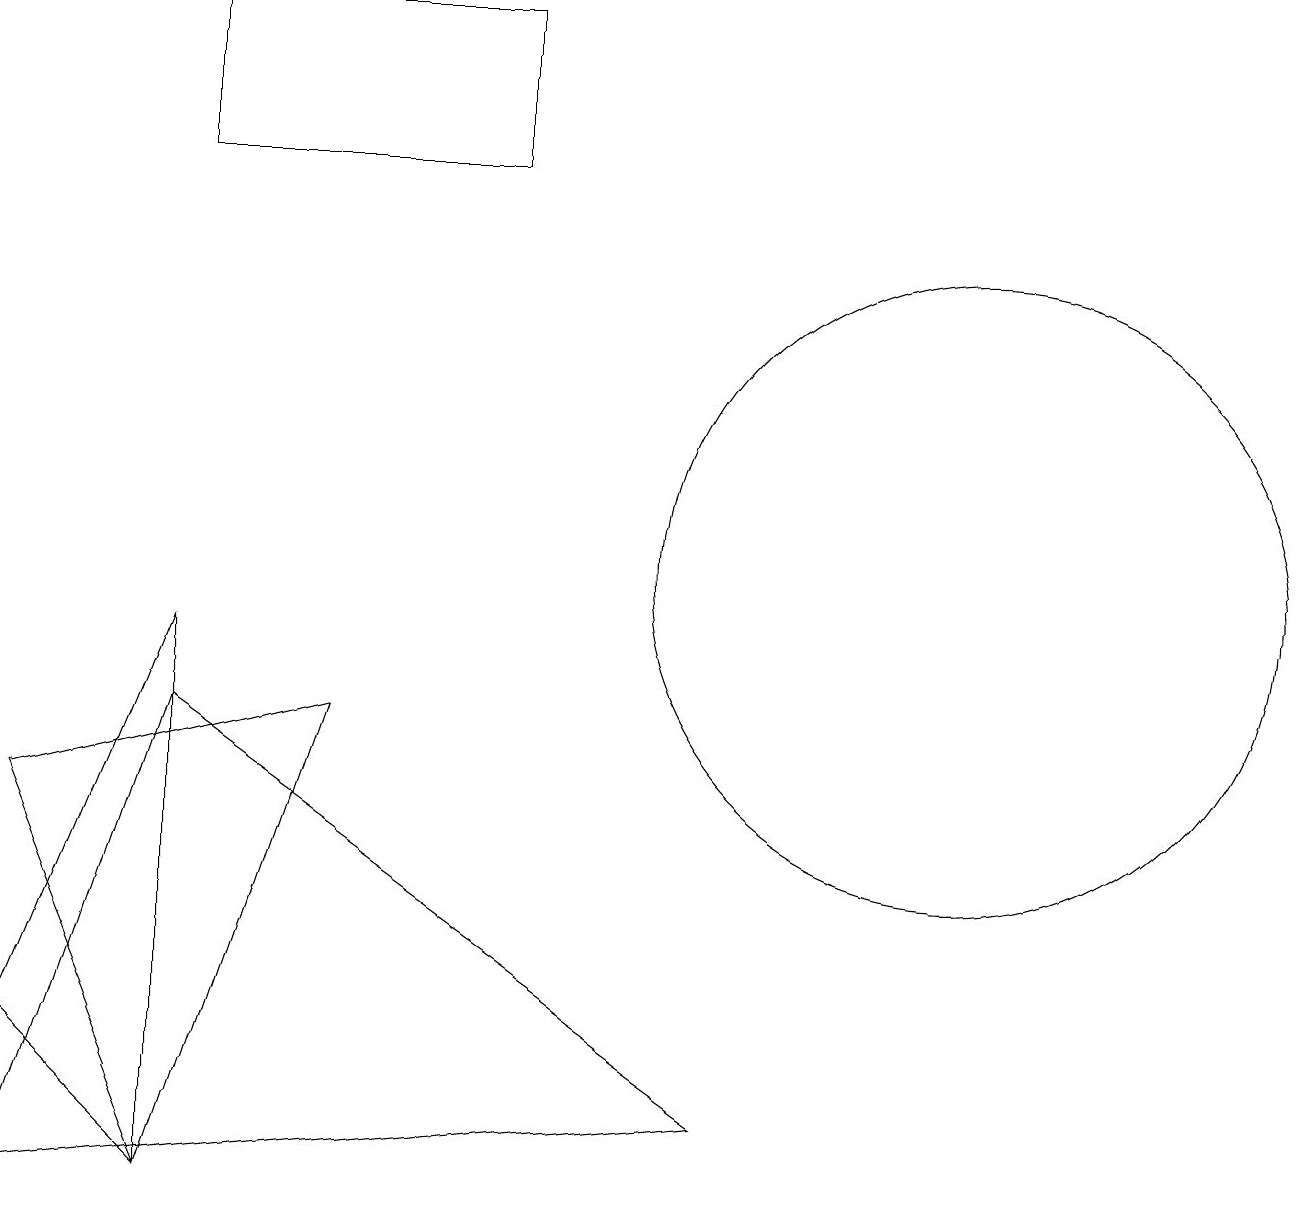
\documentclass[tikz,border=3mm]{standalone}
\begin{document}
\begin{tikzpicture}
\draw (12,10) circle (4);
\draw (0,4) -- (2,2) -- (2,9) -- cycle;
\draw (2,2) -- (4,8) -- (0,7) -- cycle;
\draw (2,17) rectangle (6,15);
\draw (0,2) -- (9,3) -- (2,8) -- cycle;
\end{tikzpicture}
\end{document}